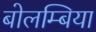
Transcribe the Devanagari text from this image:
बोलम्बिया